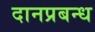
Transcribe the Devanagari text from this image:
दानप्रबन्ध